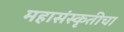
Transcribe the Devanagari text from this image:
महासंस्कृतीचा